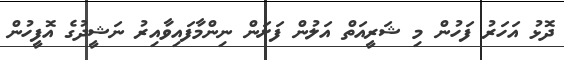
ދޮޅު އަހަރު ފަހުން މި ޝަރީއަތް އަލުން ފަށަން ނިންމާފައިވާއިރު ނަޝީދުގެ އޮފީހުން